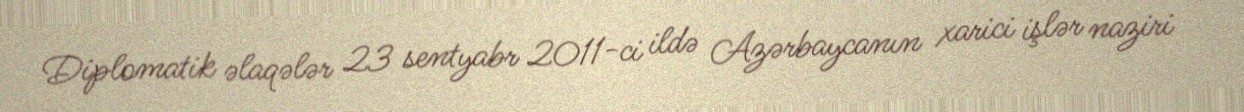
Diplomatik əlaqələr 23 sentyabr 2011-ci ildə Azərbaycanın xarici işlər naziri